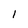
Character: 1